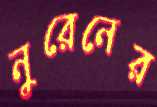
নুরেনের